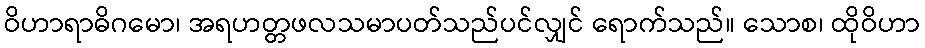
ဝိဟာရာဓိဂမော၊ အရဟတ္တဖလသမာပတ်သည်ပင်လျှင် ရောက်သည်။ သောစ၊ ထိုဝိဟာ